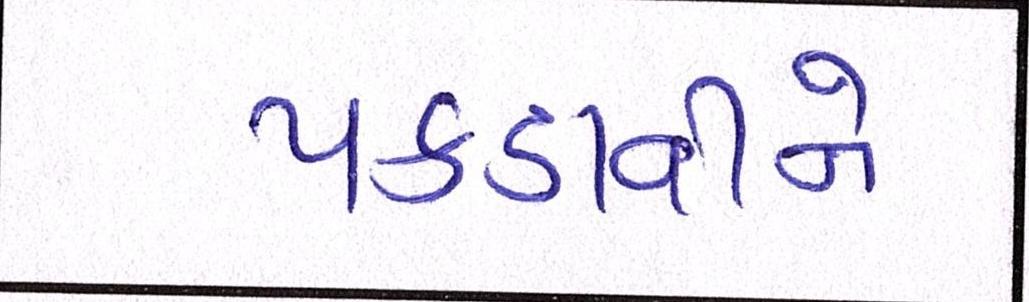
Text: પકડાવીને